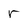
Character: r